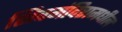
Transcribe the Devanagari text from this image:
शिवमंदिरामधील